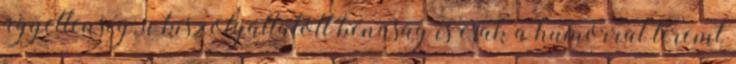
ügyetlenség, a kiszolgáltatott bénaság is csak a humorral teremt